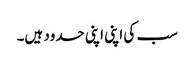
سب کی اپنی اپنی حدود ہیں۔